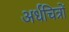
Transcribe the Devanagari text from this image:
अर्धचित्रों